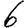
Digit: 6